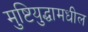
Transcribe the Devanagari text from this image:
मुष्टियुद्धामधील